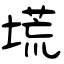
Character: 塃